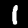
Label: 1